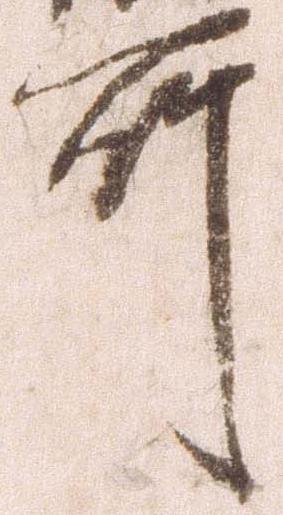
所